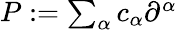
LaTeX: \textstyle P:=\sum_{\alpha}c_{\alpha}\partial^{\alpha}